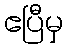
ဧပြီမှ